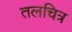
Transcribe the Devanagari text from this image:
तलचित्र